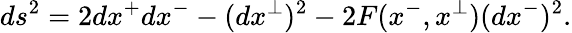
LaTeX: ds^{2}=2dx^{+}dx^{-}-(dx^{\perp})^{2}-2F(x^{-},x^{\perp})(dx^{-})^{2}.